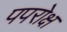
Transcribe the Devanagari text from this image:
पपरोक्ष